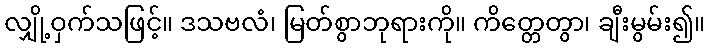
လျှို့ဝှက်သဖြင့်။ ဒသဗလံ၊ မြတ်စွာဘုရားကို။ ကိတ္တေတွာ၊ ချီးမွမ်း၍။